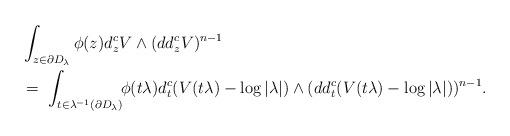
LaTeX: \begin{align*}& \int_{z\in\partial D_{\lambda}}\phi(z)d^c_zV\wedge(dd^c_zV)^{n-1} \\& = \ \int_{t\in\lambda^{-1}(\partial D_{\lambda})}\!\! \phi(t\lambda)d^c_t(V(t\lambda)-\log|\lambda|)\wedge(dd^c_t(V(t\lambda)-\log|\lambda|))^{n-1}.\end{align*}